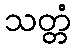
သတ္တံ